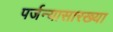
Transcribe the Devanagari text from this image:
पर्जन्यासारख्या